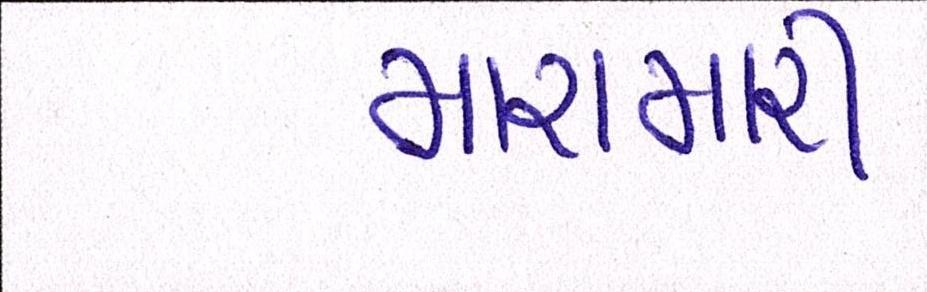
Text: મારામારી